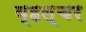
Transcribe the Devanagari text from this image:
व्हल्चर